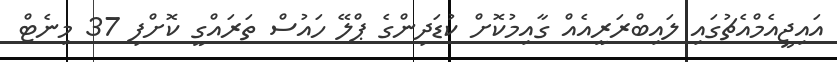
އައިޖީއެމްއެޗުގައި ލައިބްރަރީއެއް ގާއިމުކޮށް ކުޑަދިންގެ ޕްލޭ ހައުސް ތަރައްގީ ކޮށްފި 37 މިނެޓް